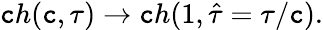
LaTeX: \mathtt{c}h(\mathtt{c},\tau)\rightarrow\mathtt{c}h(1,\hat{{\tau}}=\tau/\mathtt{c}).